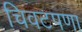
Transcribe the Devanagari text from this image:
चिवटपणा